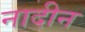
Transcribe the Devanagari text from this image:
नादीन